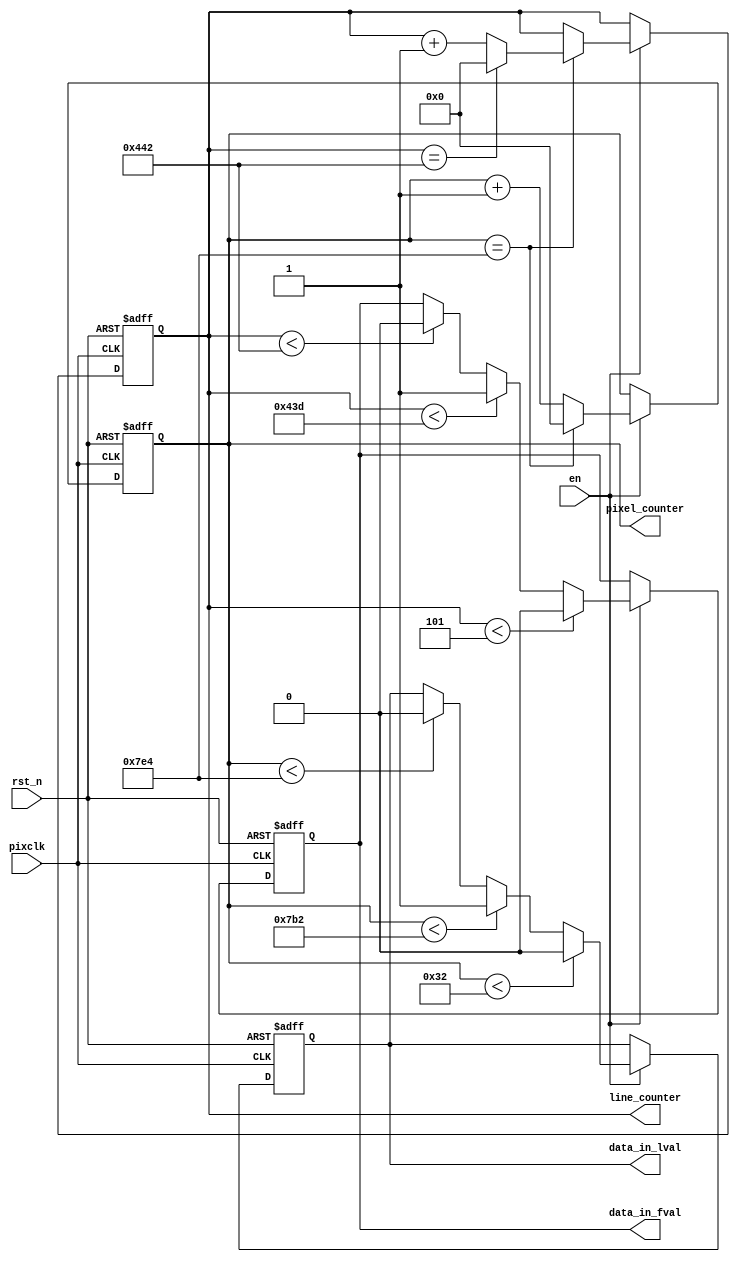
`timescale 1ns / 1ps
//////////////////////////////////////////////////////////////////////////////////
// Company: 
// Engineer: 
// 
// Design Name: 
// Module Name: frm_gen
// Project Name: 
// Target Devices: 
// Tool Versions: 
// Description: 
// 
// Dependencies: 
// 
// Revision:
// Revision 0.01 - File Created
// Additional Comments:
// 
//////////////////////////////////////////////////////////////////////////////////


module frm_gen
#(
parameter frame_width=1920,
parameter frame_height=1080,
parameter line_blank=50,
parameter frame_blank=5
)
(
input pixclk,
input rst_n,
input en,

output reg data_in_lval,
output reg data_in_fval,
output reg [11:0] pixel_counter,     
output reg [11:0] line_counter  

);
    
// **************************************
//             Fval & lval
// **********************************************************

//lval
always @(posedge pixclk or negedge rst_n) begin
    if (~rst_n) begin
        data_in_lval <= 1'b0;
        pixel_counter <= 'h0;
    end
    else if (en) begin
    
        pixel_counter <= pixel_counter + 1'b1;

        if (pixel_counter == line_blank + frame_width + line_blank) begin
            pixel_counter <= 'h0;
        end

        if (pixel_counter < line_blank) begin
            data_in_lval <= 1'b0;
        end
        else if (pixel_counter < frame_width + line_blank) begin
            data_in_lval <= 1'b1;
        end
        else if (pixel_counter < line_blank + frame_width + line_blank) begin
            data_in_lval <= 1'b0;
        end
        
    end
    else begin
        data_in_lval <= data_in_lval;
        pixel_counter <= pixel_counter;
    end
end

//fval
always @(posedge pixclk or negedge rst_n) begin
    if (~rst_n) begin
        data_in_fval <= 1'b0;
        line_counter <= 'h0;
    end
    else if(en) begin

        if (pixel_counter == line_blank + frame_width + line_blank ) begin

            if (line_counter == frame_blank + frame_height + frame_blank ) begin
                line_counter <= 'h0;
            end 
            else begin
                line_counter <= line_counter + 1'b1;
            end
        end


        if (line_counter < frame_blank) begin
            data_in_fval <= 1'b0;
        end
        else if (line_counter < frame_blank + frame_height ) begin //  +1 ensure last line is available
            data_in_fval <= 1'b1;
        end
        else if (line_counter < frame_blank + frame_height + frame_blank) begin
            data_in_fval <= 1'b0;
        end

    end
    
    else begin
        data_in_fval <= data_in_fval;
        line_counter <= line_counter;
    end
end

    
    
  
endmodule